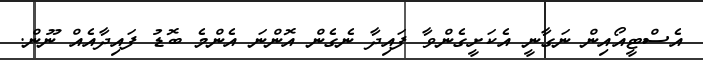
އެސްޓީއޯއިން ނަގާނީ އެކަށީގެންވާ ފައިދާ ނެގެން އޮންނަ އެންމެ ބޮޑު ފައިދާއެއް ނޫން.